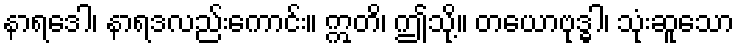
နာရဒေါ၊ နာရဒလည်းကောင်း။ ဣတိ၊ ဤသို့။ တယောဗုဒ္ဓါ၊ သုံးဆူသော